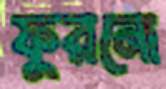
ফুরনো